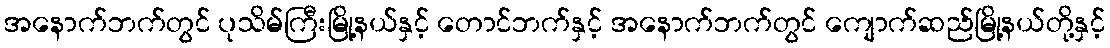
အနောက်ဘက်တွင် ပုသိမ်ကြီးမြို့နယ်နှင့် တောင်ဘက်နှင့် အနောက်ဘက်တွင် ကျောက်ဆည်မြို့နယ်တို့နှင့်